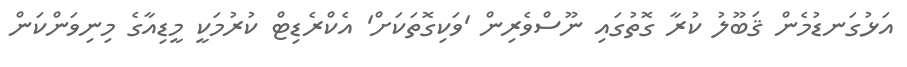
އަޅުގަނޑުމެން ޤަބޫލު ކުރާ ގޮތުގައި ނޫސްވެރިން 'ވަކިގޮތަކަށް' އެކްރެޑިޓް ކުރުމަކީ މީޑިއާގެ މިނިވަންކަން